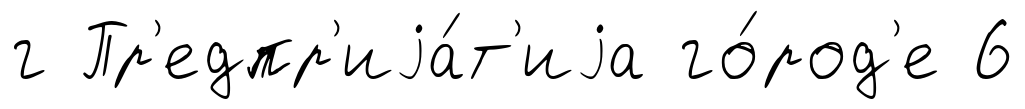
г Пр'едпр'иjа́т'иjа го́род'е 6